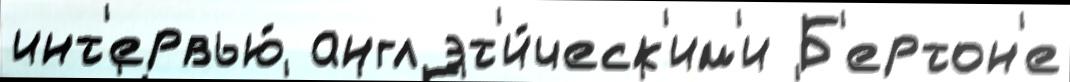
инт'ервью́ англ эт'и́ческ'им'и Б'ертон'е